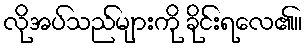
လိုအပ်သည်များကို ခိုင်းရလေ၏။